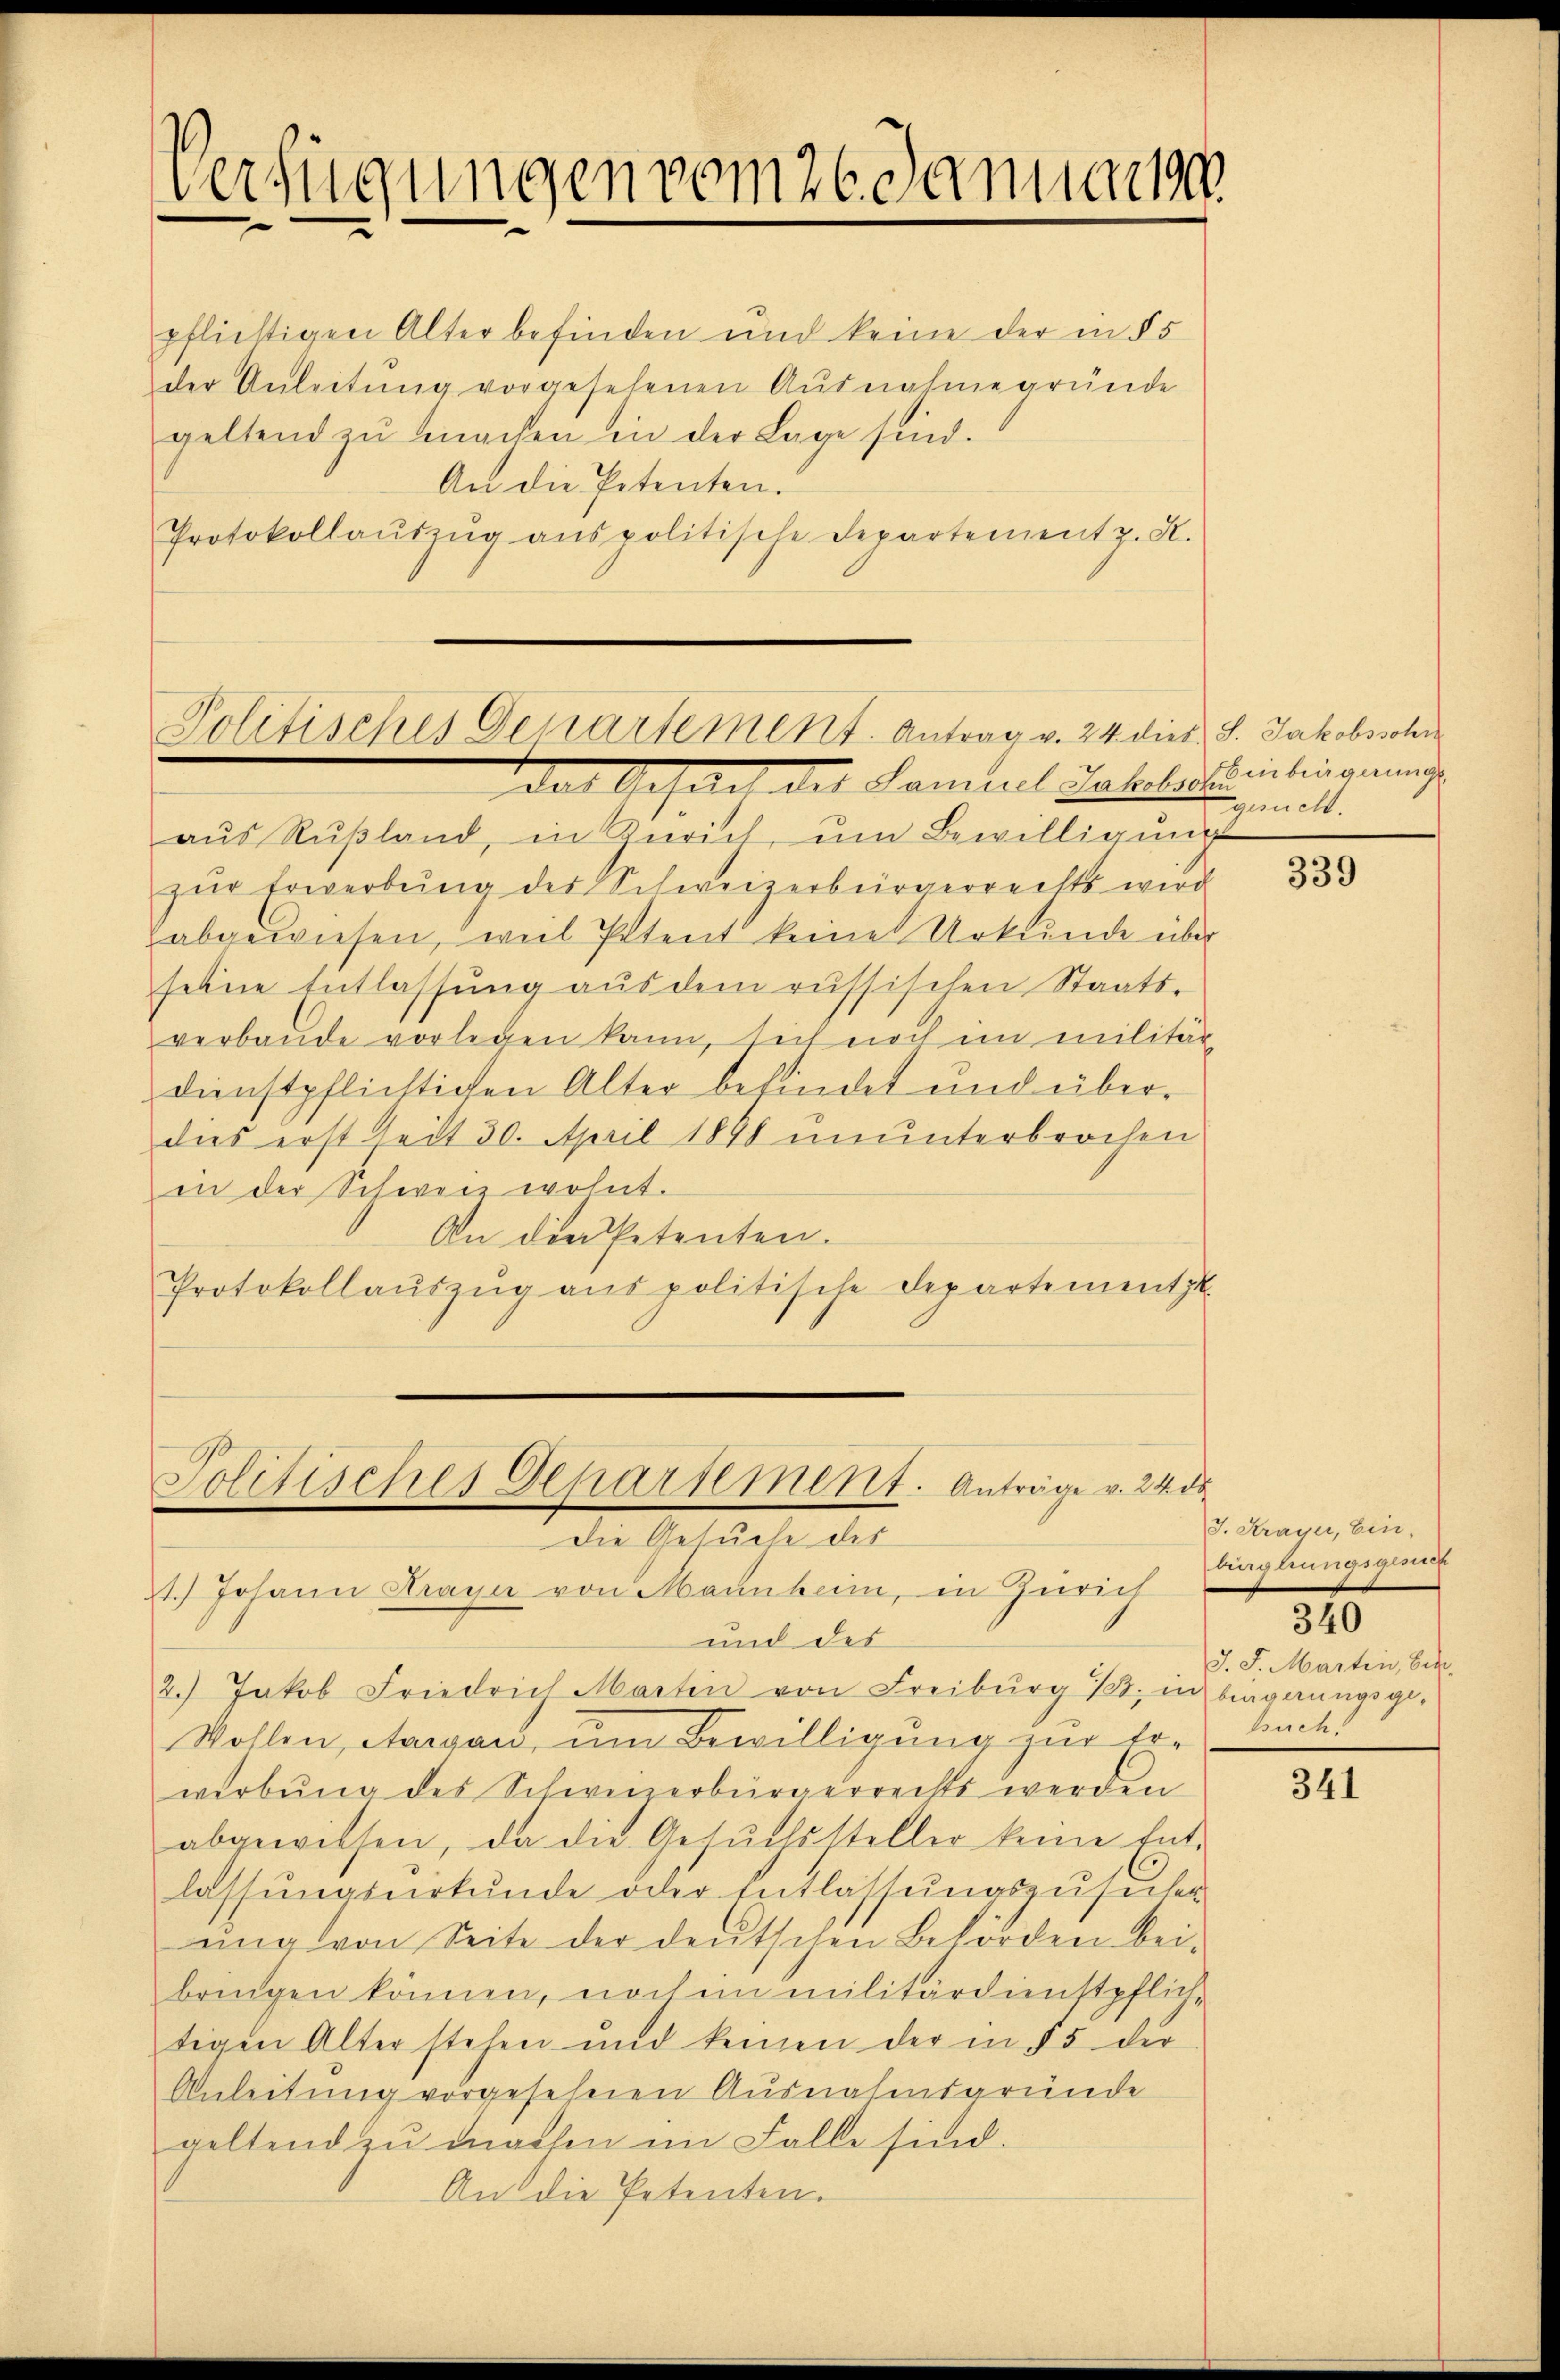
Verfügungen vom 26. Januar

pflichtigen Alter befinden und keine der in § 5
der Anleitung vorgesehenen Ausnahme gründe
geltend zŭ machen in der Lage sind.
An die Petenten.
Protokollaŭszŭg anspolitische Departement z. R.

Politisches Departement. Antrag v. 24 dies S. Jakobsschr
das Gesant der Samuel Jahrheit seitingerung

aŭs Rŭβland, in Zürich ŭm Bewilligŭng
zŭr Erwerbŭng des Schweizerbürgerrechts wird
abgewiesen, weil Petent keine Urkunde über
seine Entlassŭng aus dem russischen Staats-
verbaude vorlegen kann, sich noch im militär
dienstpflichtigen Alter befindet und überdies erst seit 30. April 1898 ununterbrochen
in der Schweiz wohnt.
An die Petenten.
Protokollaŭszŭg aŭs politische Departementi

Jolitisches Departement. Anträge v. 24. ds.
Die Gesuche des

It.) Johann Krage von Mannheim, in Zürich
und des
2.) Jakob Friedrich Martin von Freiburg 13. in beagnungsge-
Vohlen, Aargau, um Bewilligung zur Er-
werbung des Schweizerbürgerrechts werden
abgewissen, da die Gesuchssteller keine Entlassungsurkunde oder Entlassungszusicher
ŭng von Seite der deutschen Behörden bei-
bringen können, noch im militärdienstpfliche
tigen Alter stehen und keinen der in § 5 der
Anleitung vorgesehenen Ausnahmsgründe
geltend zu machen im Falle sind.
An die Petenten.

gesucht.

339

J. Krayer, Einbinglingegend
J. J. Martin, bin.
Buch!

310

341